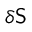
\delta { \sf S }